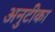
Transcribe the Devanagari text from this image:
अनुटीका